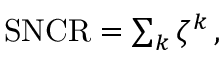
\begin{array} { r } { \mathrm { S N C R } = \sum _ { k } \zeta ^ { k } \, , } \end{array}